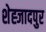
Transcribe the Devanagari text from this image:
शेह्जादपुर